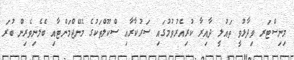
މިނިސްޓަރ ވިދާޅުވީ ތައުލީ ދާއިރާ ކުރިއެރުވުމުގައި ސަރުކާރާއި ސްކޫލްތަކުގެ މެނޭޖްމަންޓާއި ބެލެނިވެރިން ބުރަ